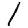
Digit: 1